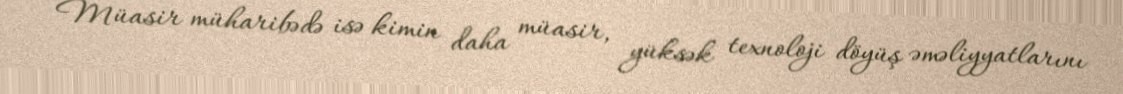
Müasir müharibədə isə kimin daha müasir, yüksək texnoloji döyüş əməliyyatlarını